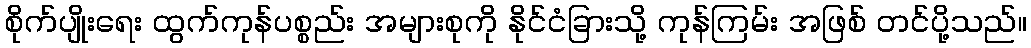
စိုက်ပျိုးရေး ထွက်ကုန်ပစ္စည်း အများစုကို နိုင်ငံခြားသို့ ကုန်ကြမ်း အဖြစ် တင်ပို့သည်။